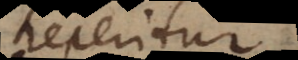
reperitur